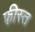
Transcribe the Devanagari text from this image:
फीस्त